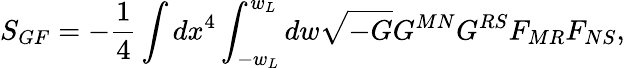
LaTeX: S_{GF}=-\frac{1}{4}\int dx^{4}\int_{-w_{L}}^{w_{L}}dw\sqrt{-G}G^{MN}G^{RS}F_{MR}F_{NS},